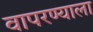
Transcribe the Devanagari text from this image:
वापरण्याला